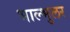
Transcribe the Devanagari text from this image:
भाल्भुलर